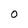
Character: O